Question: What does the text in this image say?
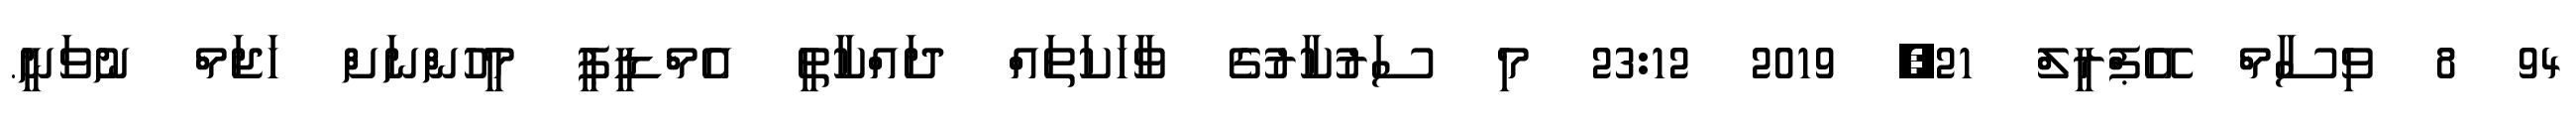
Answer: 94 8 ވިސާމް އޭޕްރީލް 21, 2019 23:12 މި ސަރުކާރުގެ ވާހަކަތައް ދައްކާތީ އެމްޑީޕީ މީހުންނަށް ހަޖަމް ނުވަނީ.